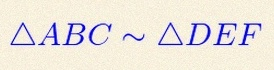
\triangle ABC\sim\triangle DEF